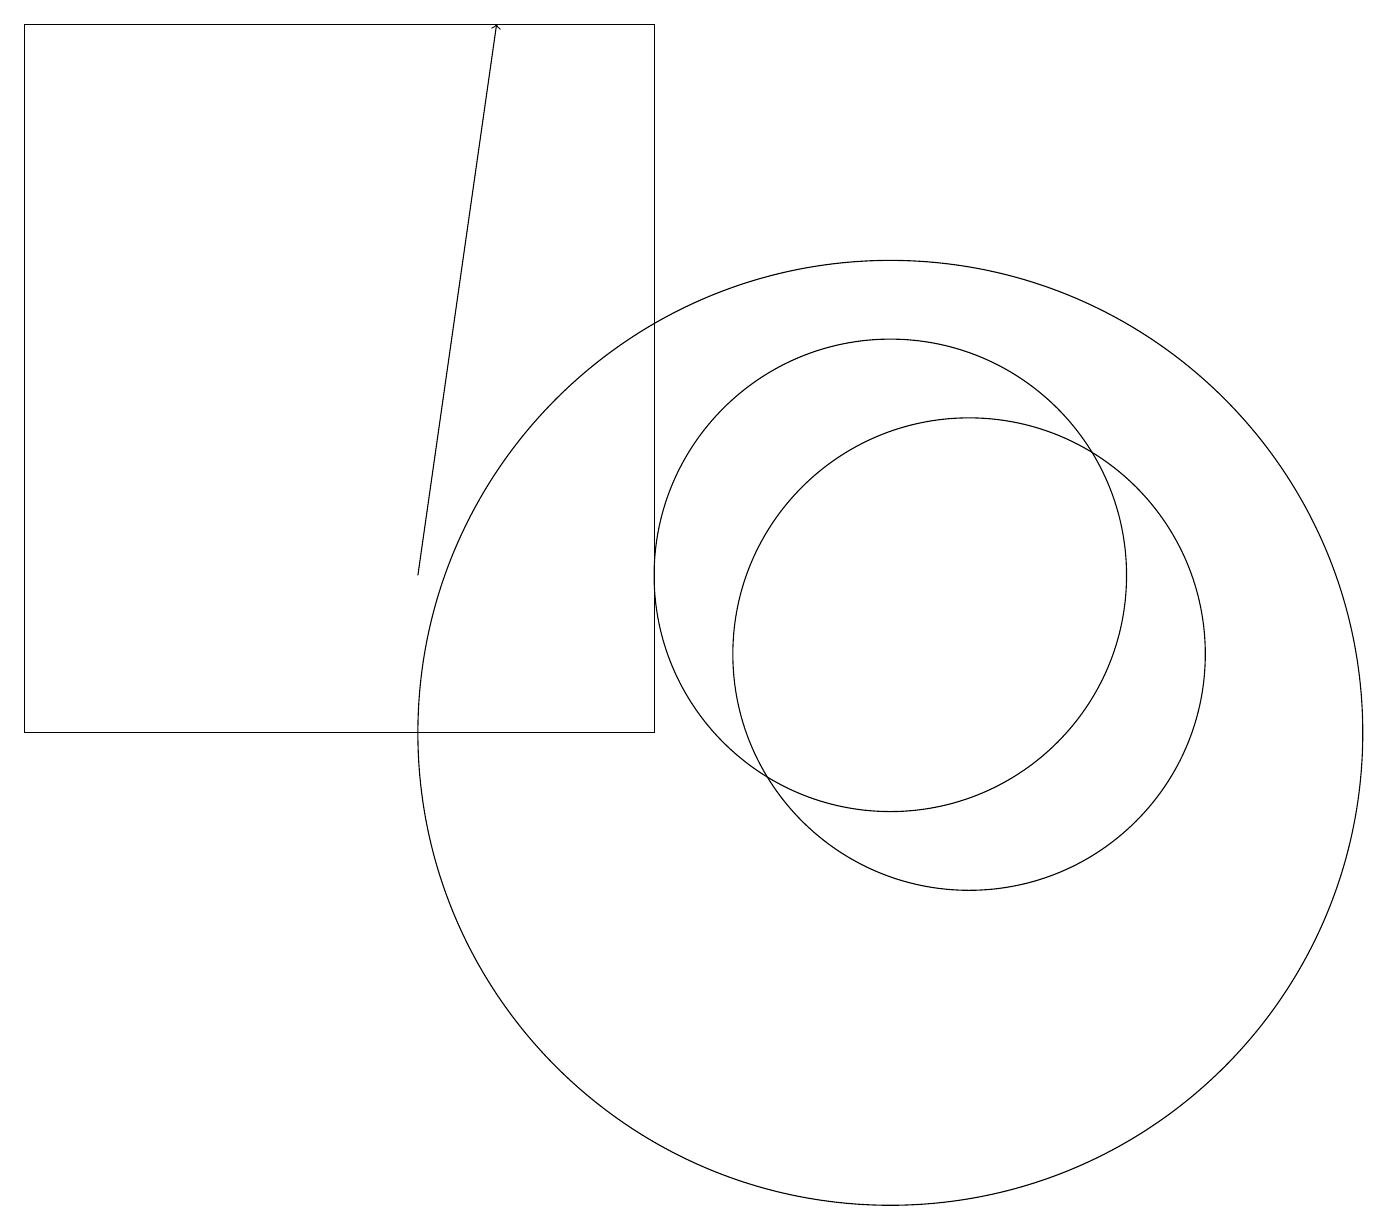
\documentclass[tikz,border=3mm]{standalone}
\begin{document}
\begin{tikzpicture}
\draw (11,10) circle (6);
\draw (12,11) circle (3);
\draw[->] (5,12) -- (6,19);
\draw (11,12) circle (3);
\draw (8,10) rectangle (0,19);
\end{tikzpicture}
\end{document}